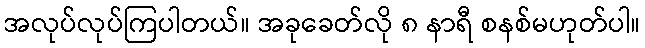
အလုပ်လုပ်ကြပါတယ်။ အခုခေတ်လို ၈ နာရီ စနစ်မဟုတ်ပါ။